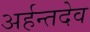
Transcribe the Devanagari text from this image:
अर्हन्तदेव